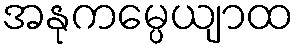
အနုကမ္ပေယျာထ